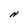
Character: N